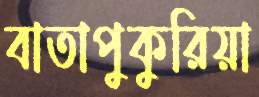
বাতাপুকুরিয়া